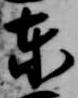
東